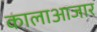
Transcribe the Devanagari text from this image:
कालाआजार